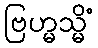
ဗြဟ္မသ္မိံ